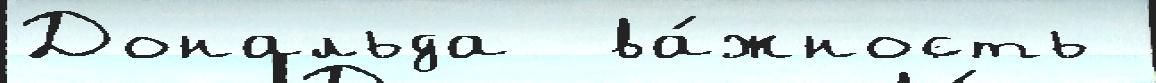
Дональда  ва́жность